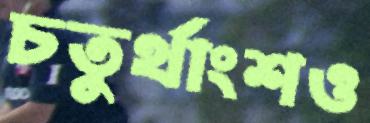
চতুর্থাংশও